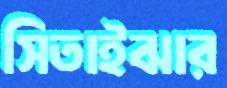
সিতাইঝার